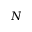
N